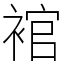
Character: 䘾